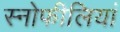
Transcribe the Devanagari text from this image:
स्नोफीलियां